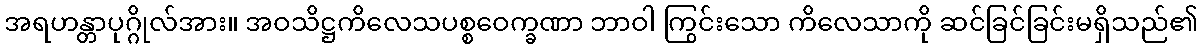
အရဟန္တာပုဂ္ဂိုလ်အား။ အဝသိဋ္ဌကိလေသပစ္စဝေက္ခဏာ ဘာဝါ ကြွင်းသော ကိလေသာကို ဆင်ခြင်ခြင်းမရှိသည်၏